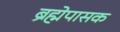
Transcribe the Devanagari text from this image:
ब्रह्मेपासक